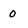
Character: 0